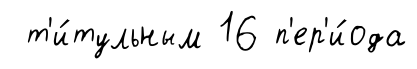
т'и́тульным 16 п'ер'и́ода